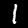
Label: 1